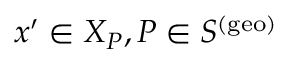
x ^ { \prime } \in X _ { P } , P \in S ^ { ( \mathrm { g e o } ) }